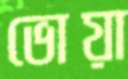
ভোয়া